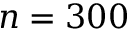
n = 3 0 0